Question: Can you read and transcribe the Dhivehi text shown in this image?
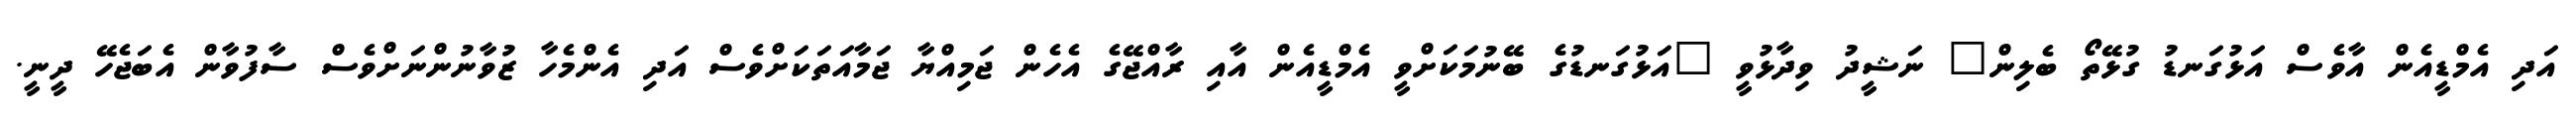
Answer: އަދި އެމްޑީއެން އާވެސް އަޅުގަނޑު ގުޅޭތޯ ބެލިން" ނަޝީދު ވިދާޅުވީ "އަޅުގަނޑުގެ ބޭނުމަކަށްވީ އެމްޑީއެން އާއި ރާއްޖޭގެ އެހެން ޖަމިއްޔާ ޖަމާއަތަކަށްވެސް އަދި އެންމެހާ ޒުވާނުންނަށްވެސް ސާފުވާން އެބަޖެހޭ ދީނީ.